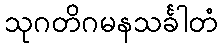
သုဂတိဂမနသင်္ခါတံ